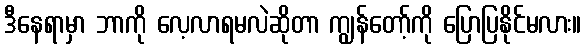
ဒီနေရာမှာ ဘာကို လေ့လာရမလဲဆိုတာ ကျွန်တော့်ကို ပြောပြနိုင်မလား။